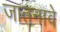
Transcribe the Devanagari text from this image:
जातनावे